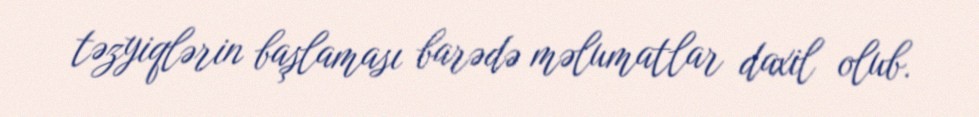
təzyiqlərin başlaması barədə məlumatlar daxil olub.